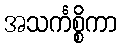
အသင်္ကစ္စိကာ